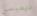
ديمبسي